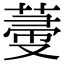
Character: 𦵲